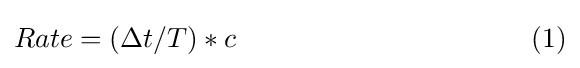
Rate=(\Delta t/T)*c~~~~~~~~~~~~~~~~~~~~~~~~~~~~~~~~(1)